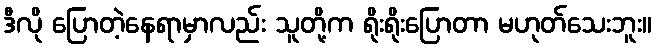
ဒီလို ပြောတဲ့နေရာမှာလည်း သူတို့က ရိုးရိုးပြောတာ မဟုတ်သေးဘူး။